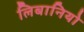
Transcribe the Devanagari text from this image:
लिबानियो